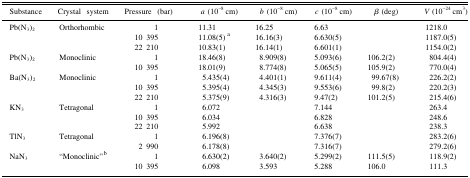
| Substance | Crystal system | Pressure (bar) | a (10−8 cm) | b (10−8 cm) | c (10−8 cm) | β (deg) | V (10−24 cm3) |
 | --- | --- | --- | --- | --- | --- | --- | --- |
 | Pb(N3)2 | Orthorhombic | 1 | 11.31 | 16.25 | 6.63 |  | 1218.0 |
 |  |  | 10 395 | 11.08(5) a | 16.16(3) | 6.630(5) |  | 1187.0(5) |
 |  |  | 22 210 | 10.83(1) | 16.14(1) | 6.601(1) |  | 1154.0(2) |
 | Pb(N3)2 | Monoclinic | 1 | 18.46(8) | 8.909(8) | 5.093(6) | 106.2(2) | 804.4(4) |
 |  |  | 10 395 | 18.01(9) | 8.774(8) | 5.065(5) | 105.9(2) | 770.0(4) |
 | Ba(N3)2 | Monoclinic | 1 | 5.435(4) | 4.401(1) | 9.611(4) | 99.67(8) | 226.2(2) |
 |  |  | 10 395 | 5.395(4) | 4.345(3) | 9.553(6) | 99.8(2) | 220.2(3) |
 |  |  | 22 210 | 5.375(9) | 4.316(3) | 9.47(2) | 101.2(5) | 215.4(6) |
 | KN3 | Tetragonal | 1 | 6.072 |  | 7.144 |  | 263.4 |
 |  |  | 10 395 | 6.034 |  | 6.828 |  | 248.6 |
 |  |  | 22 210 | 5.992 |  | 6.638 |  | 238.3 |
 | TlN3 | Tetragonal | 1 | 6.196(8) |  | 7.376(7) |  | 283.2(6) |
 |  |  | 2 990 | 6.178(8) |  | 7.316(7) |  | 279.2(6) |
 | NaN3 | “Monoclinic”b | 1 | 6.630(2) | 3.640(2) | 5.299(2) | 111.5(5) | 118.9(2) |
 |  |  | 10 395 | 6.098 | 3.593 | 5.288 | 106.0 | 111.3 |